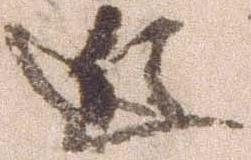
近